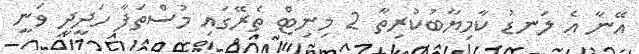
އޭނާ އެ ލަނޑު ކާމިޔާބުކުރިތާ 2 މިނިޓް ތެރޭގައި މުސްތަފާ ހަދީދީ ވަނީ